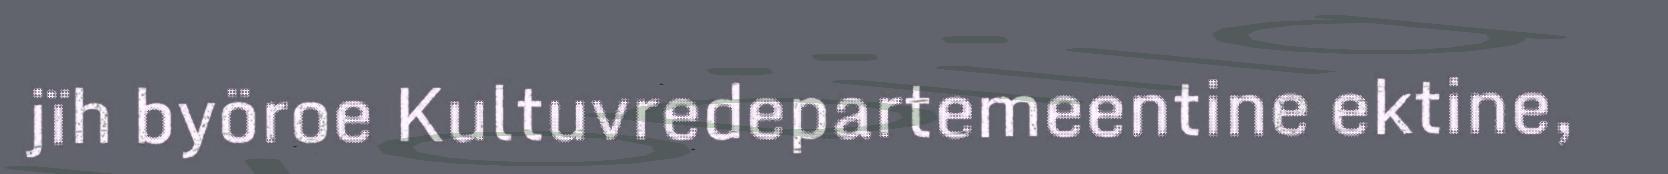
jïh byöroe Kultuvredepartemeentine ektine,